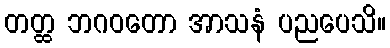
တတ္ထ ဘဂဝတော အာသနံ ပညပေသိ။